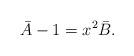
LaTeX: \begin{align*}\bar{A} - 1 = x^2 \bar{B}.\end{align*}